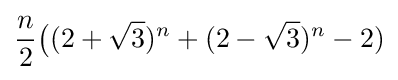
{\frac {n}{2}}{\bigl (}(2+{\sqrt {3}})^{n}+(2-{\sqrt {3}})^{n}-2){\bigr .}